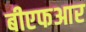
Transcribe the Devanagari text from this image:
बीएफआर